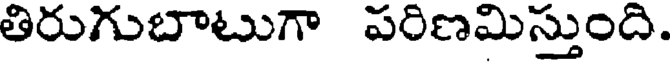
తిరుగుబాటుగా పరిణమిస్తుంది.